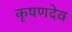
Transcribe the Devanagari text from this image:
कृषणदेव